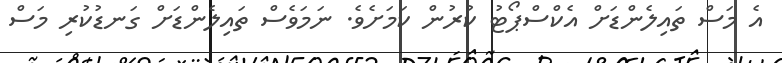
އެ މަސް ތައިލެންޑަށް އެކްސްޕޯޓު ކުރުން ކަމަށެވެ. ނަމަވެސް ތައިލެންޑަށް ގަނޑުކުރި މަސް